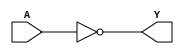
module sky130_fd_sc_ms__clkdlyinv3sd2 (
    Y,
    A
);

    // Module ports
    output Y;
    input  A;

    // Local signals
    wire not0_out_Y;

    //  Name  Output      Other arguments
    not not0 (not0_out_Y, A              );
    buf buf0 (Y         , not0_out_Y     );

endmodule